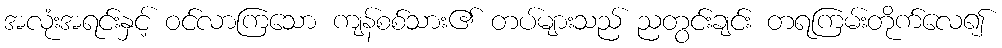
အလုံးအရင်းနှင့် ဝင်လာကြသော ကျန်စစ်သား၏ တပ်များသည် ညတွင်းချင်း တရကြမ်းတိုက်လေ၍